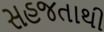
સહજતાથી